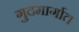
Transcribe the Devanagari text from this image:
गुदमार्गात